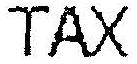
TAX